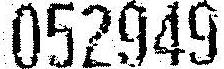
052949